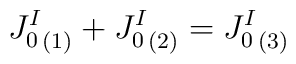
{J^I_0}_{(1)} + {J^I_0}_{(2)} = {J^I_0}_{(3)}